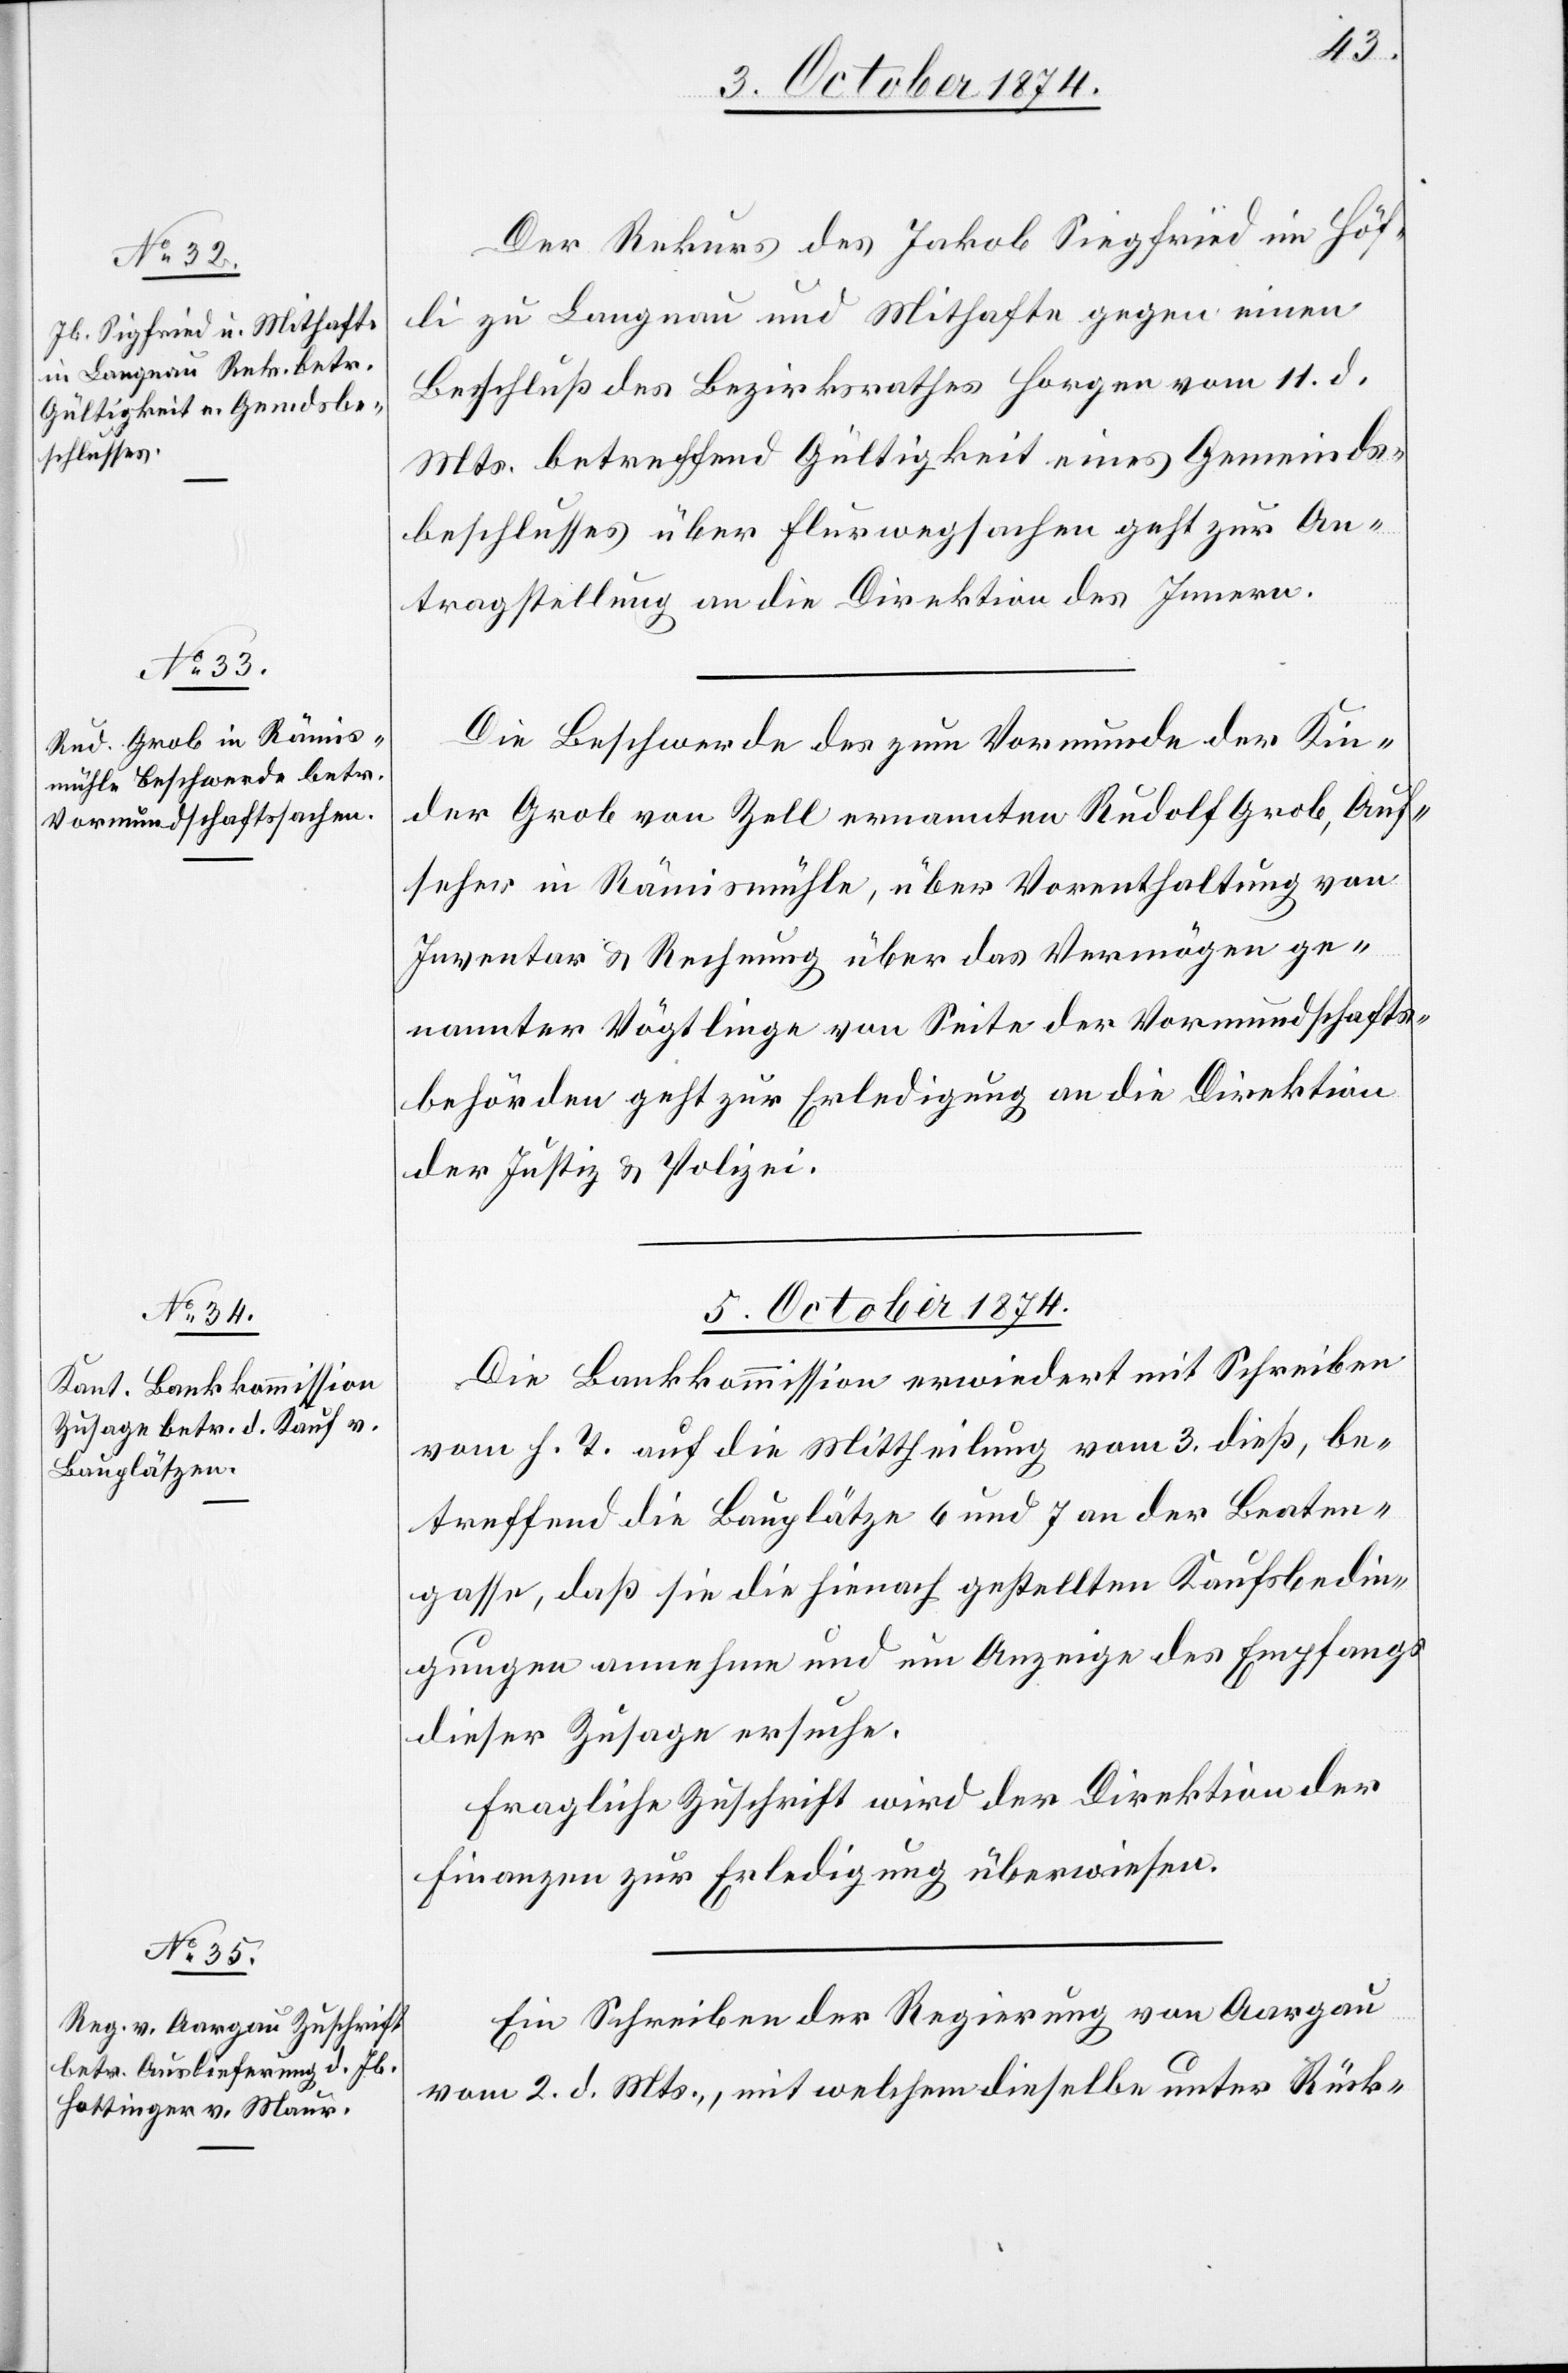
3. October 1874.]
Der Rekurs des Jakob Siegfried im Höf¬
li zu Langnau und Mithafte gegen einen
Beschluß des Bezirksrathes Horgen vom 11. d.
Mts. betreffend Gültigkeit eines Gemeinds¬
beschlusses über Flurwegsachen geht zur An¬
tragstellung an die Direktion des Innern.
Die Beschwerde des zum Vormunde der Kin¬
der Grob von Zell ernannten Rudolf Grob, Auf¬
seher in Rämismühle, über Vorenthaltung von
Inventar & Rechnung über das Vermögen ge¬
nannter Vögtlinge von Seite der Vormundschafts¬
behörden geht zur Erledigung an die Direktion
der Justiz & Polizei.
5. October 1874.]
Die Bankkommission erwiedert mit Schreiben
vom h. T. auf die Mittheilung vom 3. dieß, be¬
treffend die Bauplätze 6 und 7 an der Beaten¬
gasse, daß sie die hienach gestellten Kaufsbedin¬
gungen annehme und um Anzeige des Empfangs
dieser Zusage ersuche.
Fragliche Zuschrift wird der Direktion der
Finanzen zur Erledigung überwiesen.
Ein Schreiben der Regierung von Aargau
vom 2. d. Mts., mit welchem dieselbe unter Rück-